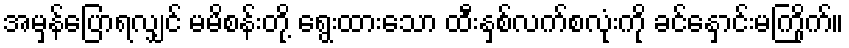
အမှန်ပြောရလျှင် မမိစန်းတို့ ရွေးထားသော ထီးနှစ်လက်စလုံးကို ခင်နှောင်းမကြိုက်။